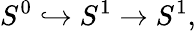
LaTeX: S^{0}\hookrightarrow S^{1}\to S^{1},